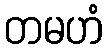
တမဟံ